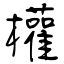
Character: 權